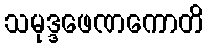
သမုဒ္ဒဖေဏကောတိ